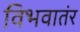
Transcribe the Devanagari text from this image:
विभवातंर